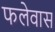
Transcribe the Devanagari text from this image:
फलेवास